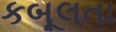
કબૂલતા